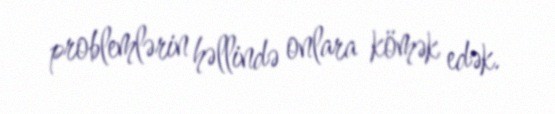
problemlərin həllində onlara kömək edək.